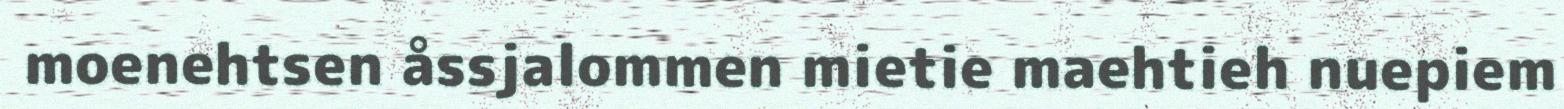
moenehtsen åssjalommen mietie maehtieh nuepiem